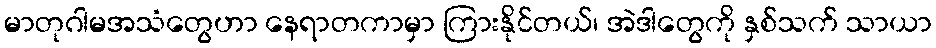
မာတုဂါမအသံတွေဟာ နေရာတကာမှာ ကြားနိုင်တယ်၊ အဲဒါတွေကို နှစ်သက် သာယာ